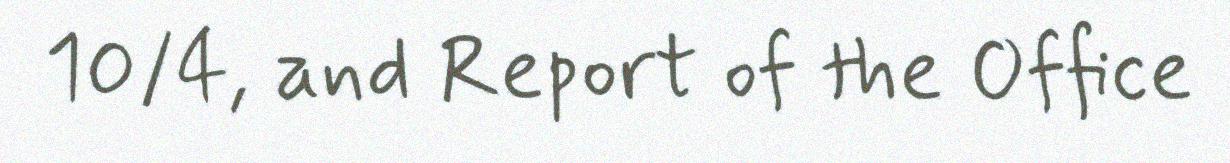
10/4, and Report of the Office